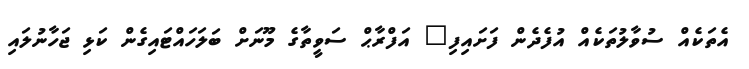
އެތަކެއް ސުވާލުތަކެއް އުފެދެން ފަށައިފި" އަފްރާޙް ސަވީތާގެ މޫނަށް ބަލަހައްޓައިގެން ކަޅި ޖަހާނުލައި